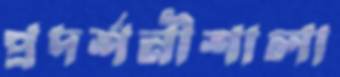
প্রদর্শনীশালা